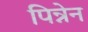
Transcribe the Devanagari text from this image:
पिन्नेन